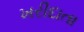
ખરીદાતા